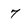
Character: 7